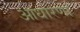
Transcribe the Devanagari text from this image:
आधारणा